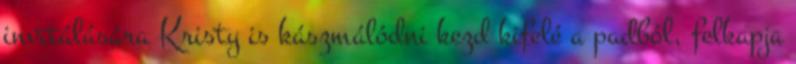
invitálására Kristy is kászmálódni kezd kifelé a padból, felkapja